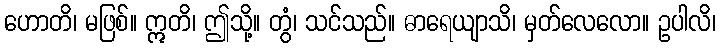
ဟောတိ၊ မဖြစ်။ ဣတိ၊ ဤသို့။ တွံ၊ သင်သည်။ ဓာရေယျာသိ၊ မှတ်လေလော။ ဥပါလိ၊